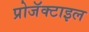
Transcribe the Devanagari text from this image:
प्रोजॅक्टाइल